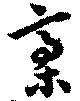
槁